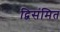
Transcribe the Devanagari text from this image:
द्विसंमित